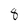
Character: 8